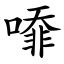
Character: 㗺